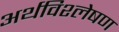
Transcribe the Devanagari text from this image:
अर्थविश्लेषण